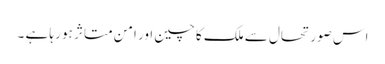
اس صورتحال سے ملک کا چین اور امن متاثر ہو رہا ہے ۔